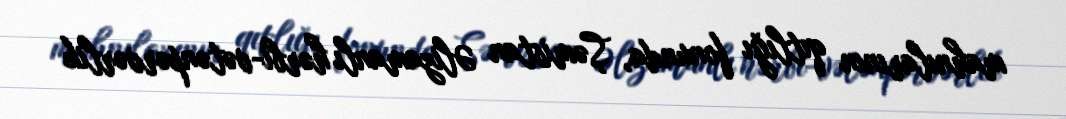
mahnılarının qıtlığı fonunda, Şəmistan Əlizamanlı hərbi-vətənpərvərlik